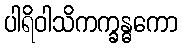
ပါရိဝါသိကက္ခန္ဓကော